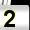
Digit: 2